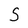
Character: S